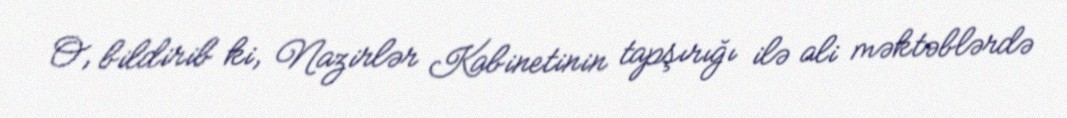
O, bildirib ki, Nazirlər Kabinetinin tapşırığı ilə ali məktəblərdə